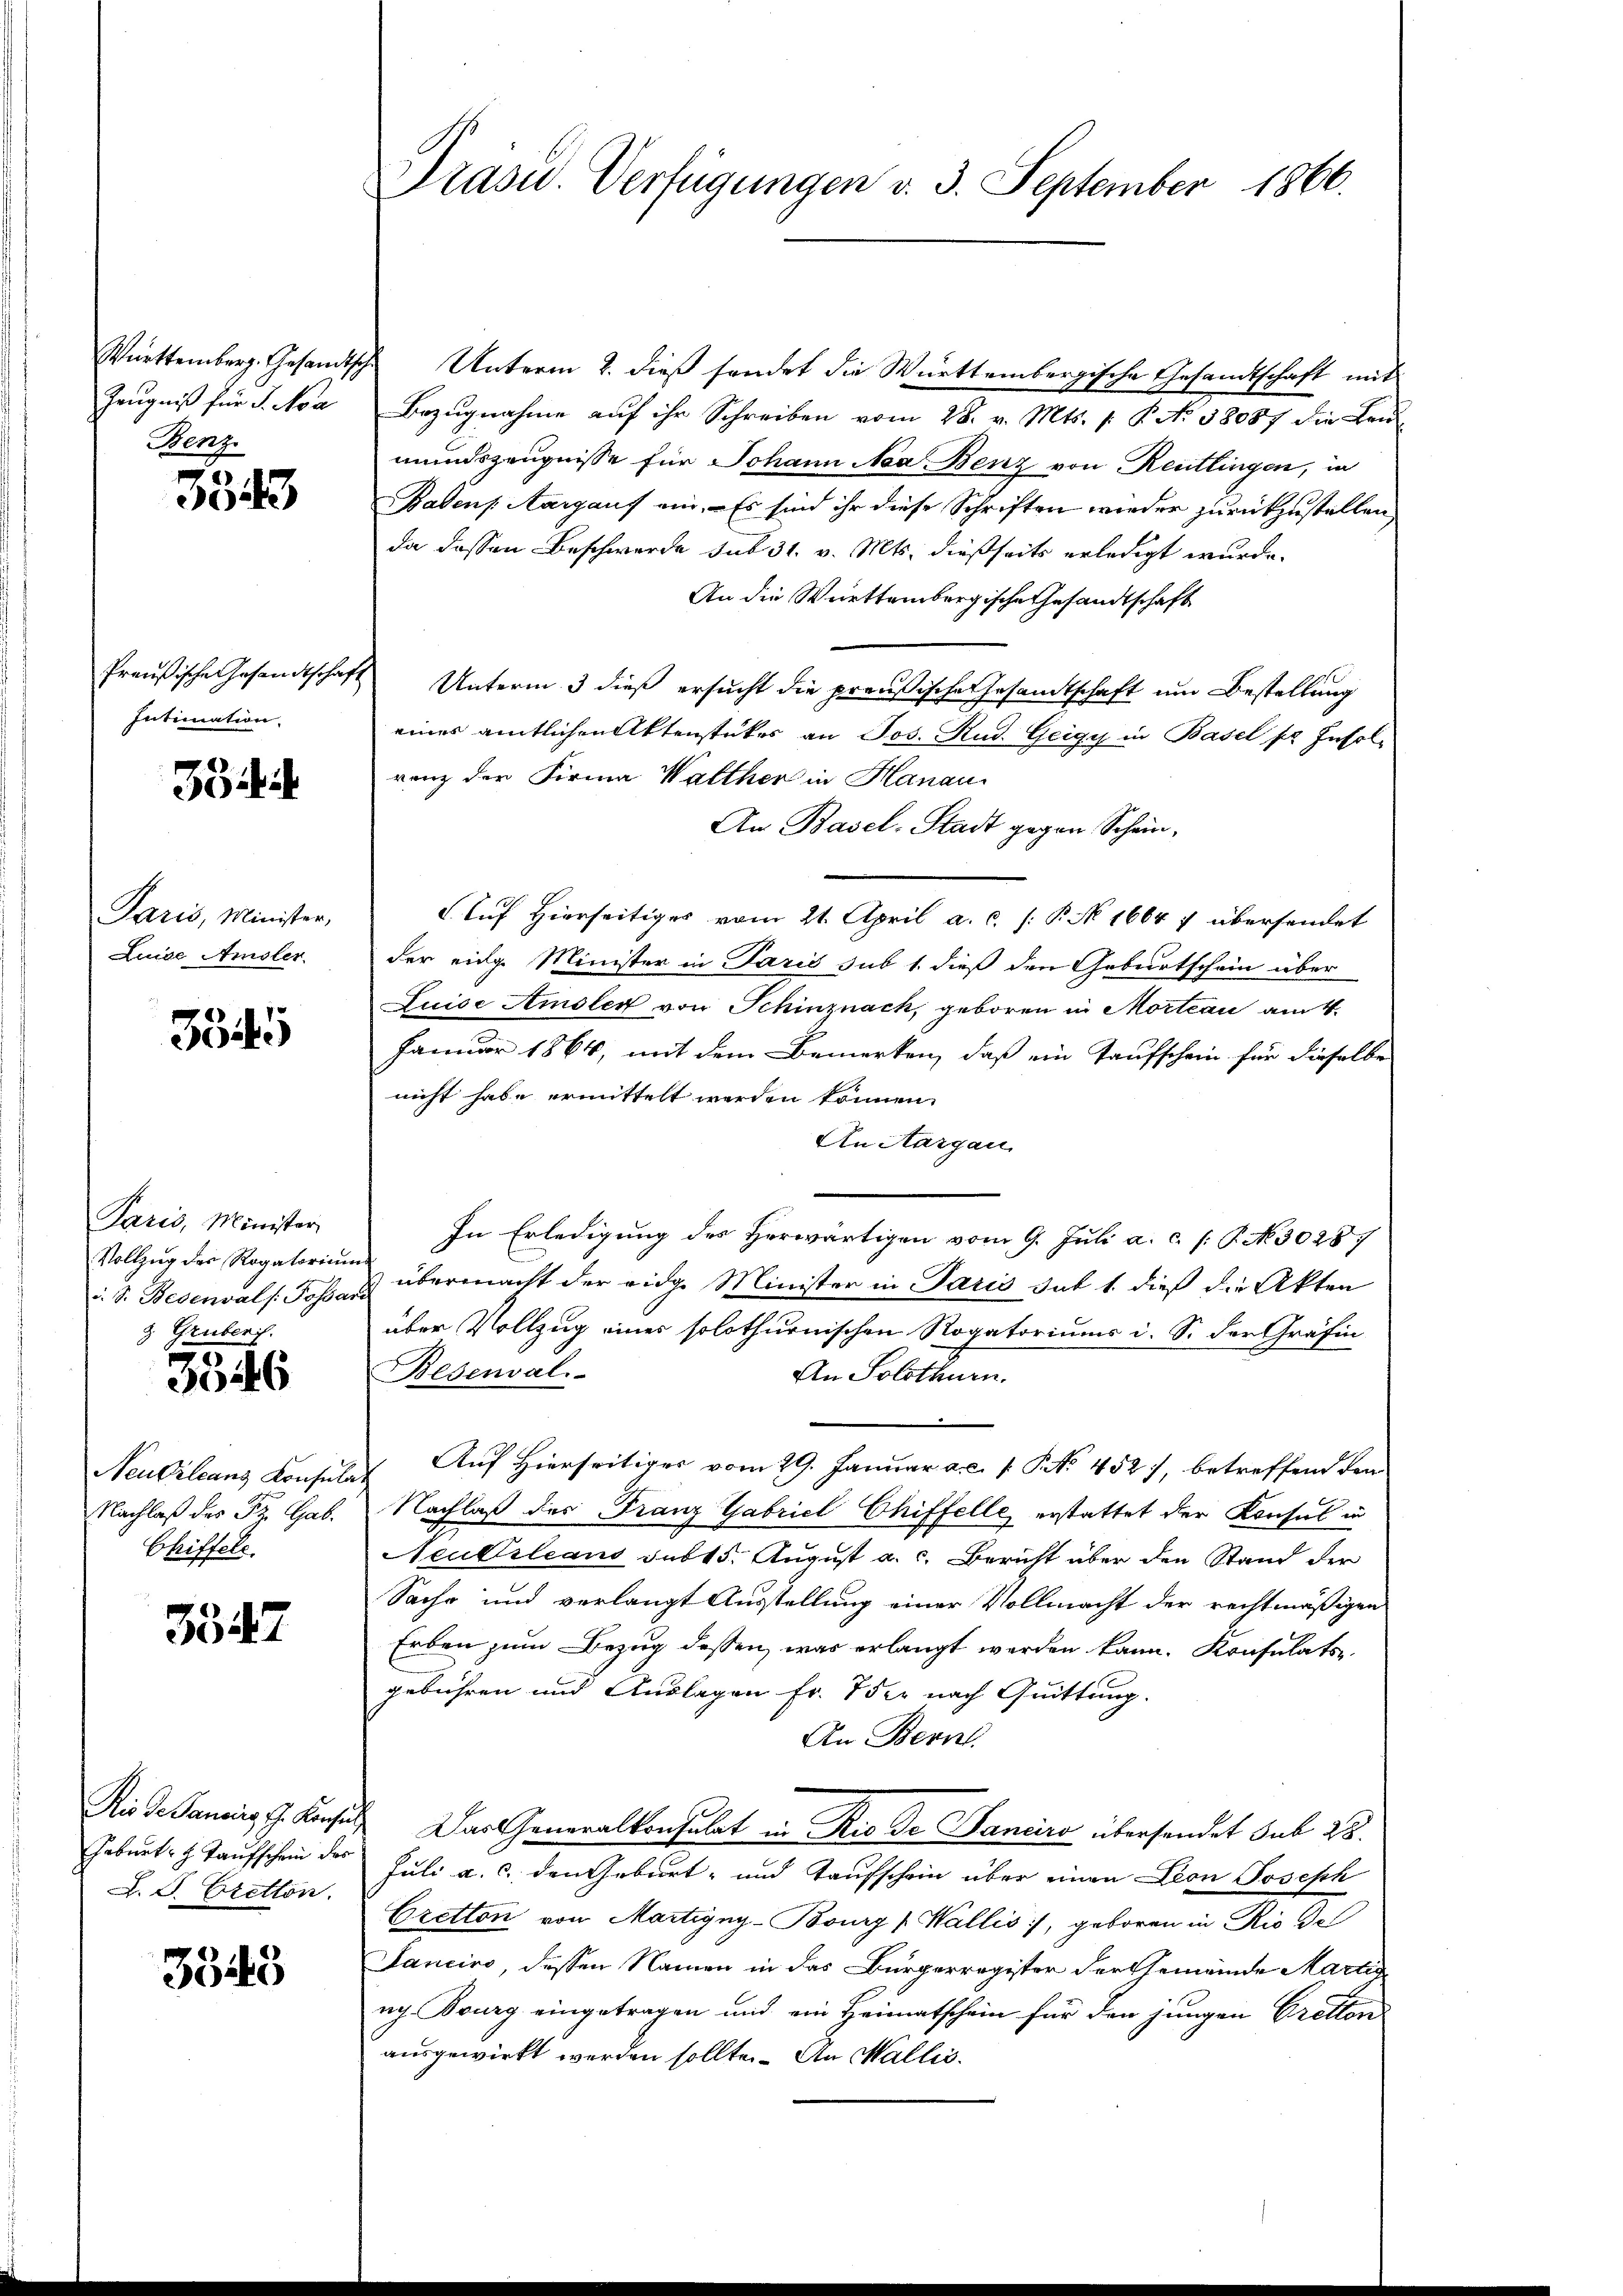
Württemberg. Gesandtsch
Zeugniß für J. Na
Beng

3543

Preußische Gesandtschaft
Intimation.

35

Paris, Minister,
Luise Amsler.

3845

Paris, Minister
Vollzug des Rogatorium
d. S. Besenvals: Fossard
g. Gruber.

3346

Neu Orleans Konsula
Nachlaß des Fr. Gab.
Chiffels.

3547

Rio de Pancirg, G. Konsul
Geburt H. Taufschein des
L. J. Bretton.

3545

Präsid. Verfügungen v. 3. September 1866.

Unterm 2. dieß sendet die Württembergische Gesandtschaft mit
Bezŭgnahme aŭf ihr Schreiben vom 28. v. Mts. /: P. No 38087 die Ben
mundszeugnisse für Johann Nea Benz von Reutlingen, in
Badens Aargauf ein. Es sind ihr diese Schriften wieder zurückzustellen,
da dassen Beschwerde sub 31. v. Mts. dießseits erledigt wurde.
An die Württembergische Gesandtschaft
Unterm 3 dieß ersucht die preußische Gesandtschaft um Bestellung
eines amtlichen Aktenstückes an Jos. Rud. Geigy in Basel se Insol-
renz der Firma Walther in Hanau
An Basel-Stadt gegen Schein¬
.Auf Hierseitiges vom 21. April a. c. /: P. N 1664 7 übersendet
der eidg. Minister in Paris sub 1. dieß den Geburtschein über
Luise Amsler von Schinznach, geboren in Morteau am 4.
Januar 1864, mit dem Bemerken, daß ein Taufschein für dieselbe
nicht habe ermittelt werden können.
An Aargau
In Erledigung des Herwärtigen vom 9. Juli a. c. /: P. N. 30287
übermacht der eidge Minister in Paris sub 1. dieß die Akten
über Vollzug einer solothurnischen Rogatoriums i. S. der Gräfin
Besenval
An Solothurn.
Auf Hierseitiges vom 29. Januar a. c. s. S. 452, betreffend der
Nachlaß des Franz Gabriel Chiffelle erstattet der Konsul in
Neukleans subt 5. August a. c. Bericht über den Stand der
Sache und verlangt Ausstellung einer Vollmacht der rechtmäßigen
Erben zum Bezug dessen, was erlangt werden kann. Konsulats
gebühren und Auslagen Fr. 7 der nach Quittung.
An Bern.
Das Generalkonsulat in Rio de Janeiro übersendet sub 28.
Juli a. c. den Geburt- und Taufschein über einen Don Joseph
Cretton von Martigny-Bourg (Wallis, geboren in Rio del
Sanciro, dessen Namen in das Bürgerregister der Gemeinde Martig
ach. Burg eingetragen und ein Heimatschein für den jungen Gretlon
ausgewirkt werden sollte. – An Wallis.